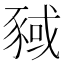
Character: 𬥂